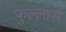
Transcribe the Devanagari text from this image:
फुल्लार्स